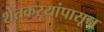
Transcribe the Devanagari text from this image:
शेतकऱ्यांपासून